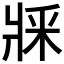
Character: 𤕽